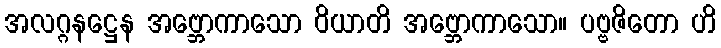
အလဂ္ဂနဋ္ဌေန အဗ္ဘောကာသော ဝိယာတိ အဗ္ဘောကာသော။ ပဗ္ဗဇိတော ဟိ